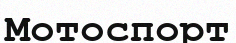
Мотоспорт